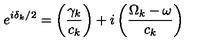
e ^ { i \delta _ { k } / 2 } = \left( \frac { \gamma _ { k } } { c _ { k } } \right) + i \left( \frac { \Omega _ { k } - \omega } { c _ { k } } \right)